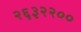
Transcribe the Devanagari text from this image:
२६३२२००